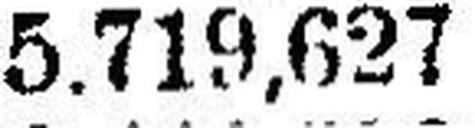
5.719,627